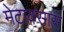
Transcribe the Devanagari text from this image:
मेटाक्सास